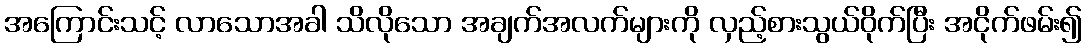
အကြောင်းသင့် လာသောအခါ သိလိုသော အချက်အလက်များကို လှည့်စားသွယ်ဝိုက်ပြီး အငိုက်ဖမ်း၍